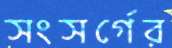
সংসর্গের